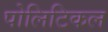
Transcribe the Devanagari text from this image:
पोलिटिकल